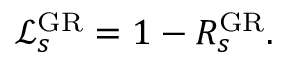
\begin{array} { r } { \mathcal { L } _ { s } ^ { \mathrm { G R } } = 1 - R _ { s } ^ { \mathrm { G R } } . } \end{array}